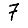
Digit: 7